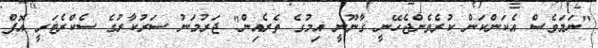
"ނަމަވެސް އެކަންކަން ކުރެވެންޖެހޭނީ ގާނޫނީ އިމުގެ ތެރެއިން" ޖަރުމަނު ސަރުކާރުގެ ސެކްރެޓަރީ އޮފް